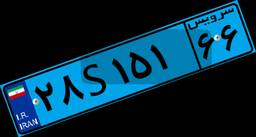
۷۴S۴۷۸۸۶